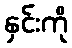
နှင်းကို